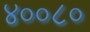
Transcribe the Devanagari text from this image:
४००८०